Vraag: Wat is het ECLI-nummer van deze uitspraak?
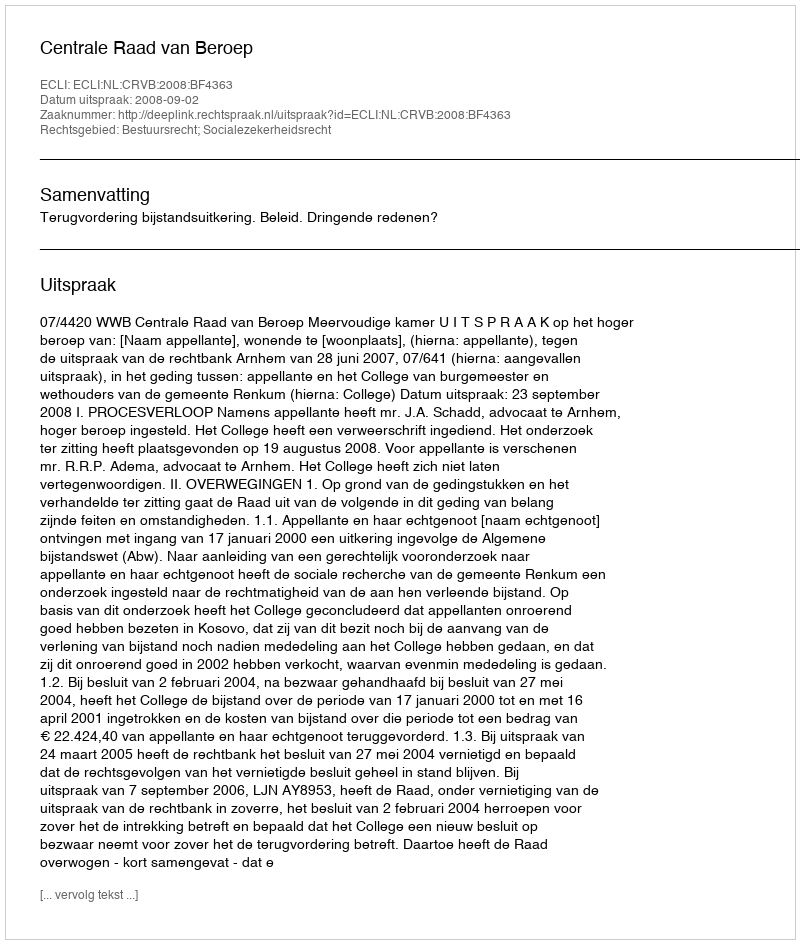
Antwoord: ECLI:NL:CRVB:2008:BF4363